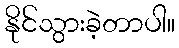
နိုင်သွားခဲ့တာပါ။